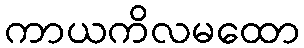
ကာယကိလမထော